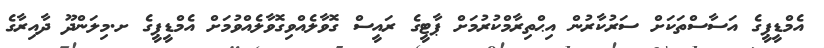
އެމްޑީޕީގެ އަސާސްތަކަށް ސަރުކާރުން އިޙްތިރާމްކުރުމަށް ޕާޓީގެ ރައީސް ގޮވާލެއްވިގޮވާލެއްވުމަށް އެމްޑީޕީގެ ށ.މިލަންދޫ ދާއިރާގެ